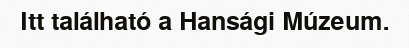
Itt található a Hansági Múzeum.